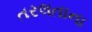
તરલતાના